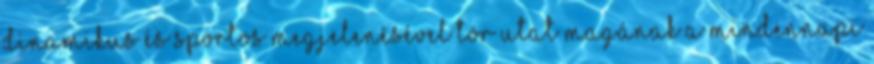
dinamikus és sportos megjelenésével tör utat magának a mindennapi